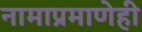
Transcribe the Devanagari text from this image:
नामाप्रमाणेही